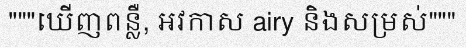
"""ឃើញពន្លឺ, អវកាស airy និងសម្រស់"""